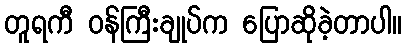
တူရကီ ဝန်ကြီးချုပ်က ပြောဆိုခဲ့တာပါ။